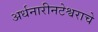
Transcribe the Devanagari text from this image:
अर्धनारीनटेश्वराचे